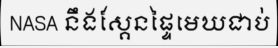
NASA នឹងស្គែនផ្ទៃមេឃជាប់